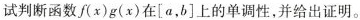
试判断函数f(x)g(x)在[a，b]上的单调性，并给出证明。